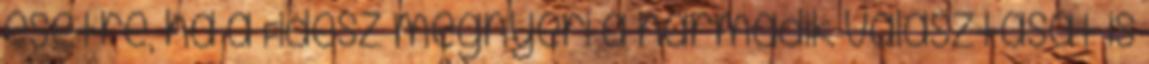
esetre, ha a Fidesz megnyeri a harmadik választását is